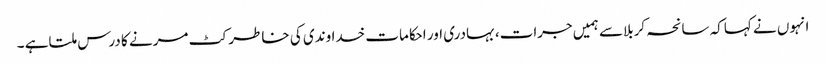
انہوں نے کہاکہ سانحہ کربلاسے ہمیں جرات،بہادری اور احکامات خداوندی کی خاطر کٹ مرنے کا درس ملتاہے ۔